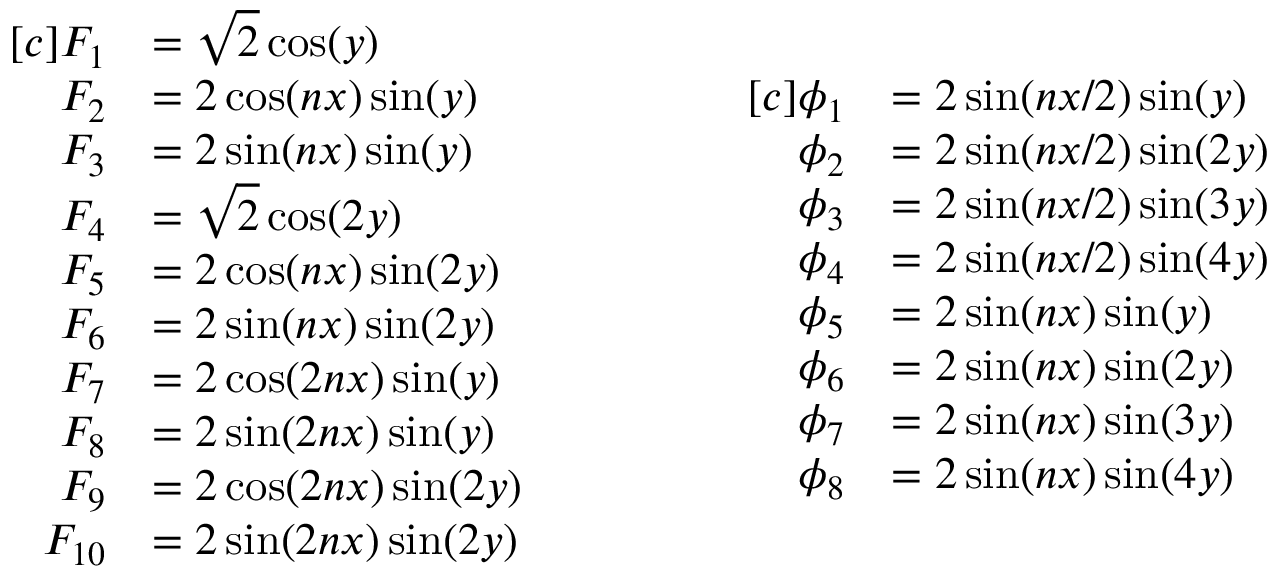
\begin{array} { r l } { [ c ] F _ { 1 } } & { = \sqrt { 2 } \cos ( y ) } \\ { F _ { 2 } } & { = 2 \cos ( n x ) \sin ( y ) } \\ { F _ { 3 } } & { = 2 \sin ( n x ) \sin ( y ) } \\ { F _ { 4 } } & { = \sqrt { 2 } \cos ( 2 y ) } \\ { F _ { 5 } } & { = 2 \cos ( n x ) \sin ( 2 y ) } \\ { F _ { 6 } } & { = 2 \sin ( n x ) \sin ( 2 y ) } \\ { F _ { 7 } } & { = 2 \cos ( 2 n x ) \sin ( y ) } \\ { F _ { 8 } } & { = 2 \sin ( 2 n x ) \sin ( y ) } \\ { F _ { 9 } } & { = 2 \cos ( 2 n x ) \sin ( 2 y ) } \\ { F _ { 1 0 } } & { = 2 \sin ( 2 n x ) \sin ( 2 y ) } \end{array} \qquad \qquad \begin{array} { r l } { [ c ] \phi _ { 1 } } & { = 2 \sin ( n x / 2 ) \sin ( y ) } \\ { \phi _ { 2 } } & { = 2 \sin ( n x / 2 ) \sin ( 2 y ) } \\ { \phi _ { 3 } } & { = 2 \sin ( n x / 2 ) \sin ( 3 y ) } \\ { \phi _ { 4 } } & { = 2 \sin ( n x / 2 ) \sin ( 4 y ) } \\ { \phi _ { 5 } } & { = 2 \sin ( n x ) \sin ( y ) } \\ { \phi _ { 6 } } & { = 2 \sin ( n x ) \sin ( 2 y ) } \\ { \phi _ { 7 } } & { = 2 \sin ( n x ) \sin ( 3 y ) } \\ { \phi _ { 8 } } & { = 2 \sin ( n x ) \sin ( 4 y ) } \end{array}